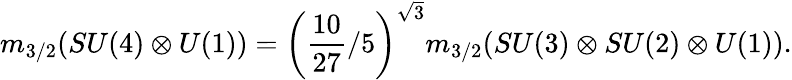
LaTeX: m_{3/2}(SU(4)\otimes U(1))=\left(\frac{10}{27}/5\right)^{\sqrt 3}m_{3/2}(SU(3)\otimes SU(2)\otimes U(1)).